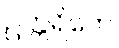
ဥတ္တရိကေ